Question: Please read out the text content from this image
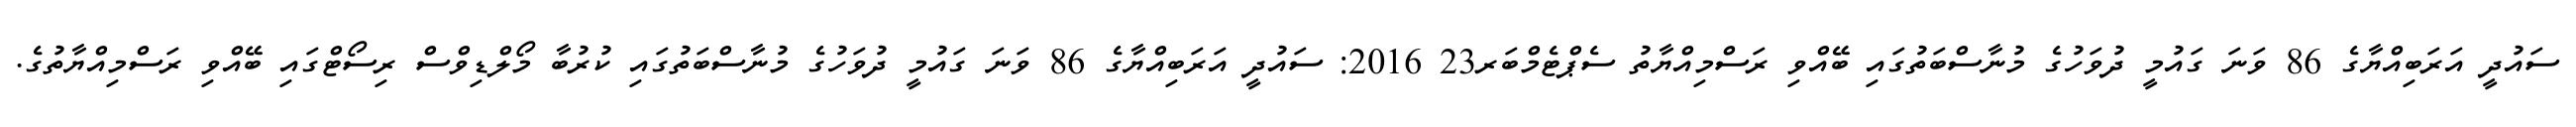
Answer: ސައުދީ އަރަބިއްޔާގެ 86 ވަނަ ގައުމީ ދުވަހުގެ މުނާސްބަތުގައި ބޭއްވި ރަސްމިއްޔާތު ސެޕްޓެމްބަރ23 2016: ސައުދީ އަރަބިއްޔާގެ 86 ވަނަ ގައުމީ ދުވަހުގެ މުނާސްބަތުގައި ކުރުބާ މޯލްޑިވްސް ރިސޯޓްގައި ބޭއްވި ރަސްމިއްޔާތުގެ.